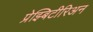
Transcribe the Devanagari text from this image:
प्रेझ्बिटीरिअन